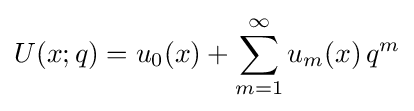
U(x;q)=u_{0}(x)+\sum _{m=1}^{\infty }u_{m}(x)\,q^{m}